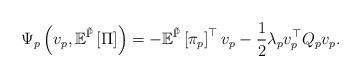
LaTeX: \begin{align*}\Psi_{p}\left(v_{p},\mathbb{E}^{\tilde{\mathbb{P}}}\left[\Pi\right]\right)=-\mathbb{E}^{\tilde{\mathbb{P}}}\left[\pi_{p}\right]^{\top}v_{p}-\frac{1}{2}\lambda_{p}v_{p}^{\top}Q_{p}v_{p}.\end{align*}